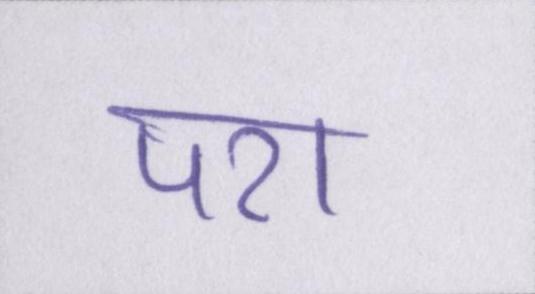
पर।